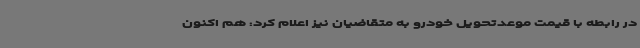
در رابطه با قیمت موعدتحویل خودرو به متقاضیان نیز اعلام کرد: هم اکنون